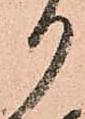
り